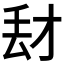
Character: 𰀑